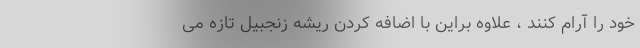
خود را آرام کنند ، علاوه براین با اضافه کردن ریشه زنجبیل تازه می